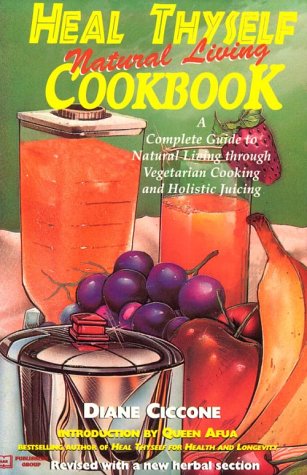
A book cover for Heal Thyself Natural Living Cookbook: A Complete Guide to Natural Living Through Vegetarian Cooking and Holistic Juicing; Diane Ciccone; Cookbooks, Food & Wine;